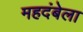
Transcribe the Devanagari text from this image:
महदंबेला